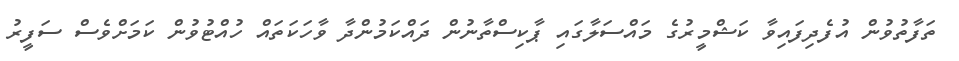
ތަފާތުވުން އުފެދިފައިވާ ކަޝްމީރުގެ މައްސަލާގައި ޕާކިސްތާނުން ދައްކަމުންދާ ވާހަކަތައް ހުއްޓުވުން ކަމަށްވެސް ސަފީރު